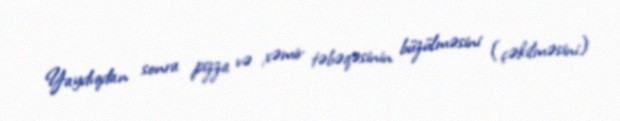
Yaydıqdan sonra pizza və xəmir təbəqəsinin büzülməsini (çəkilməsini)